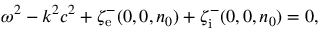
\begin{array} { r } { \omega ^ { 2 } - k ^ { 2 } c ^ { 2 } + \zeta _ { \mathrm { e } } ^ { - } ( 0 , 0 , n _ { 0 } ) + \zeta _ { \mathrm { i } } ^ { - } ( 0 , 0 , n _ { 0 } ) = 0 , } \end{array}